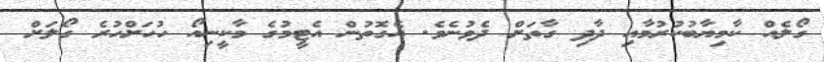
ގޯލެއް ކާމިޔާބުކުރުމާއި ދާދި ގާތަށް ދެވުނެވެ. އެގޮތުން އެޓީމުގެ މާކީނިއޯ ހުހަށްހުރެ ގޯލަށް